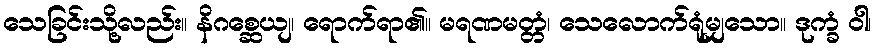
သေခြင်းသို့လည်း။ နိဂစ္ဆေယျ၊ ရောက်ရာ၏။ မရဏမတ္တံ၊ သေလောက်ရုံမျှသော။ ဒုက္ခံ ဝါ၊